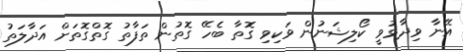
އޭނާ ވިދާޅުވީ ކޯލިޝަނުން ވަކިވި ގޮތާ ބެހޭ ގޮތުން ތަފާތު ގޮތްގޮތަށް އަދާލަތު